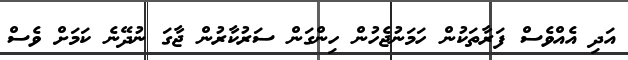
އަދި އެއްވެސް ފަރާތަކުން ހަމަނުޖެހުން ހިންގަން ސަރުކާރުން ޖާގަ ނުދޭނެ ކަމަށް ވެސް